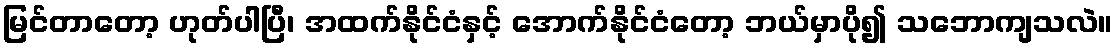
မြင်တာတော့ ဟုတ်ပါပြီ၊ အထက်နိုင်ငံနှင့် အောက်နိုင်ငံတော့ ဘယ်မှာပို၍ သဘောကျသလဲ။